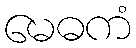
မေဓကံ